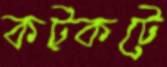
কট্‌কটে